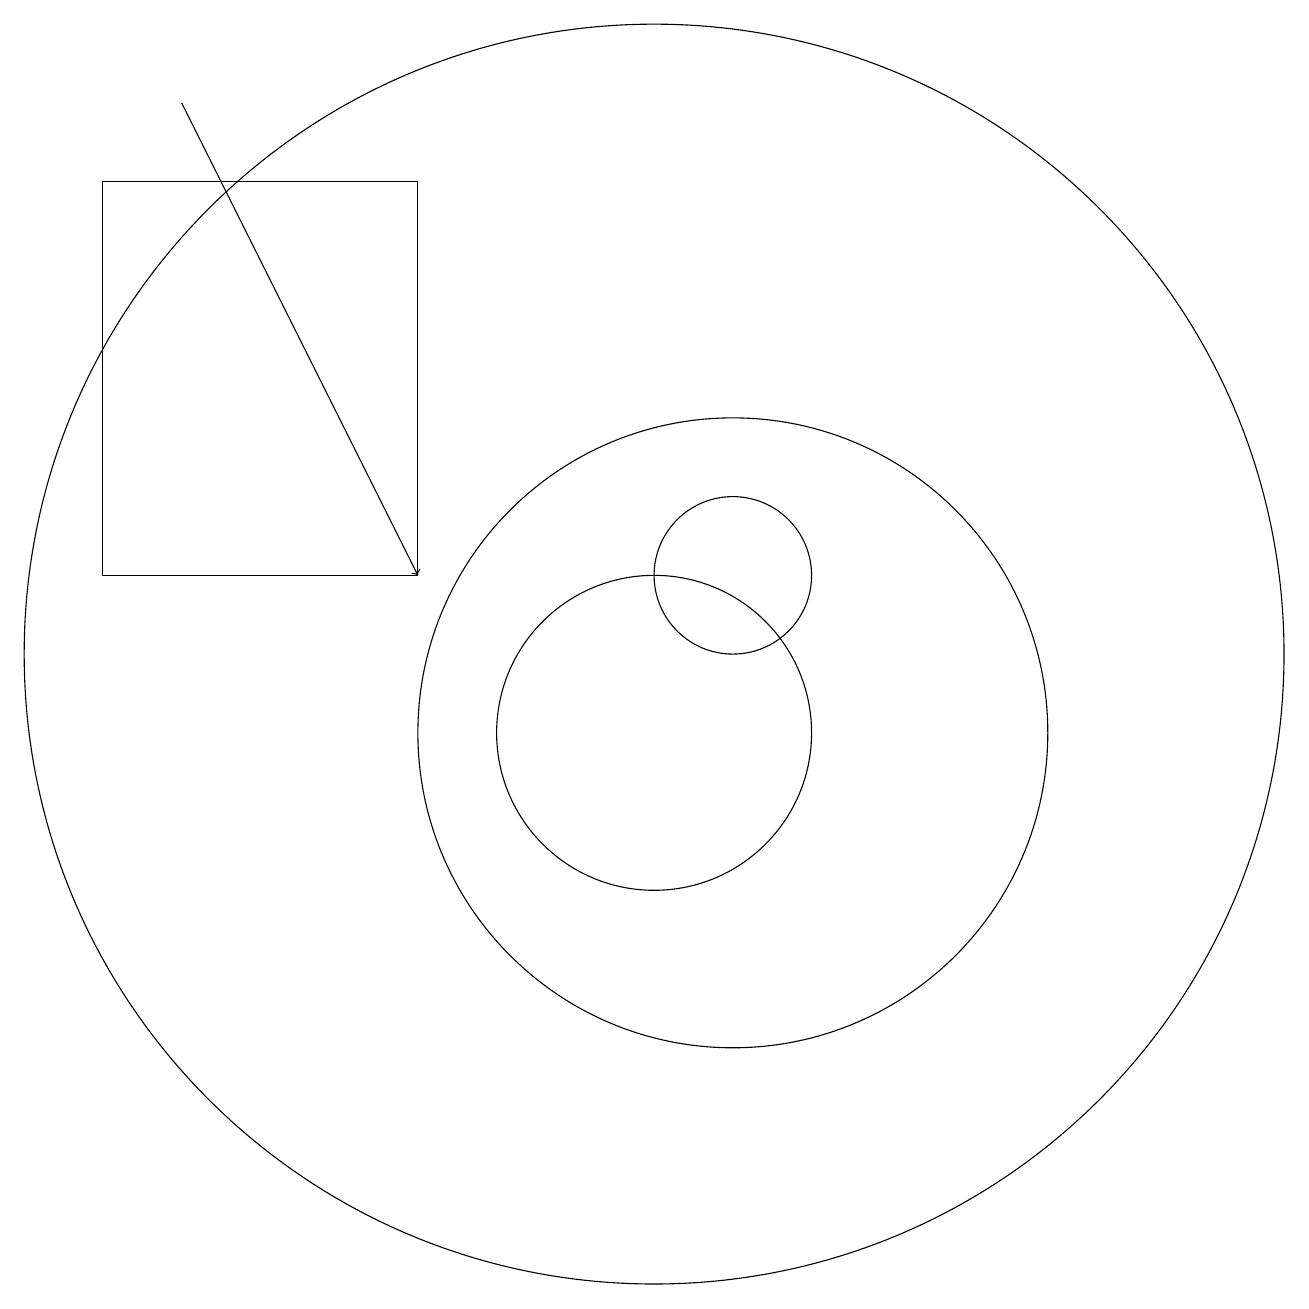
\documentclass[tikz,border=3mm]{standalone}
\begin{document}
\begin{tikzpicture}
\draw (10,10) circle (2);
\draw (11,10) circle (4);
\draw (11,12) circle (1);
\draw (10,11) circle (8);
\draw (3,12) rectangle (7,17);
\draw[->] (4,18) -- (7,12);
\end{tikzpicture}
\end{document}